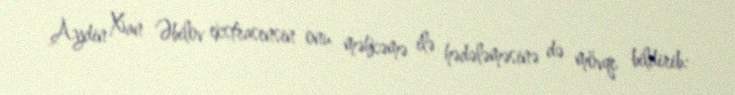
Aydin Xan Əbilov ekstrasensin onu məhkəmə ilə hədələməsinə də mövqe bildirib: